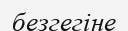
безгегіне